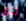
تثق